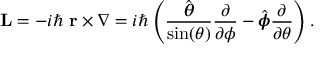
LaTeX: \mathbf { L } = - i \hbar ~ \mathbf { r } \times \nabla = i \hbar \left( { \frac { \hat { \boldsymbol { \theta } } } { \sin ( \theta ) } } { \frac { \partial } { \partial \phi } } - { \hat { \boldsymbol { \phi } } } { \frac { \partial } { \partial \theta } } \right) .